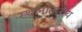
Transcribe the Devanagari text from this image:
स्थानांतारीय